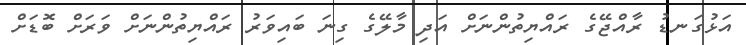
އަޅުގަނޑު ރާއްޖޭގެ ރައްޔިތުންނަށް އަދި މާލޭގެ ގިނަ ބައިވަރު ރައްޔިތުންނަށް ވަރަށް ބޮޑަށް